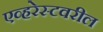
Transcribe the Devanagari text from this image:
एव्हरेस्टवरील